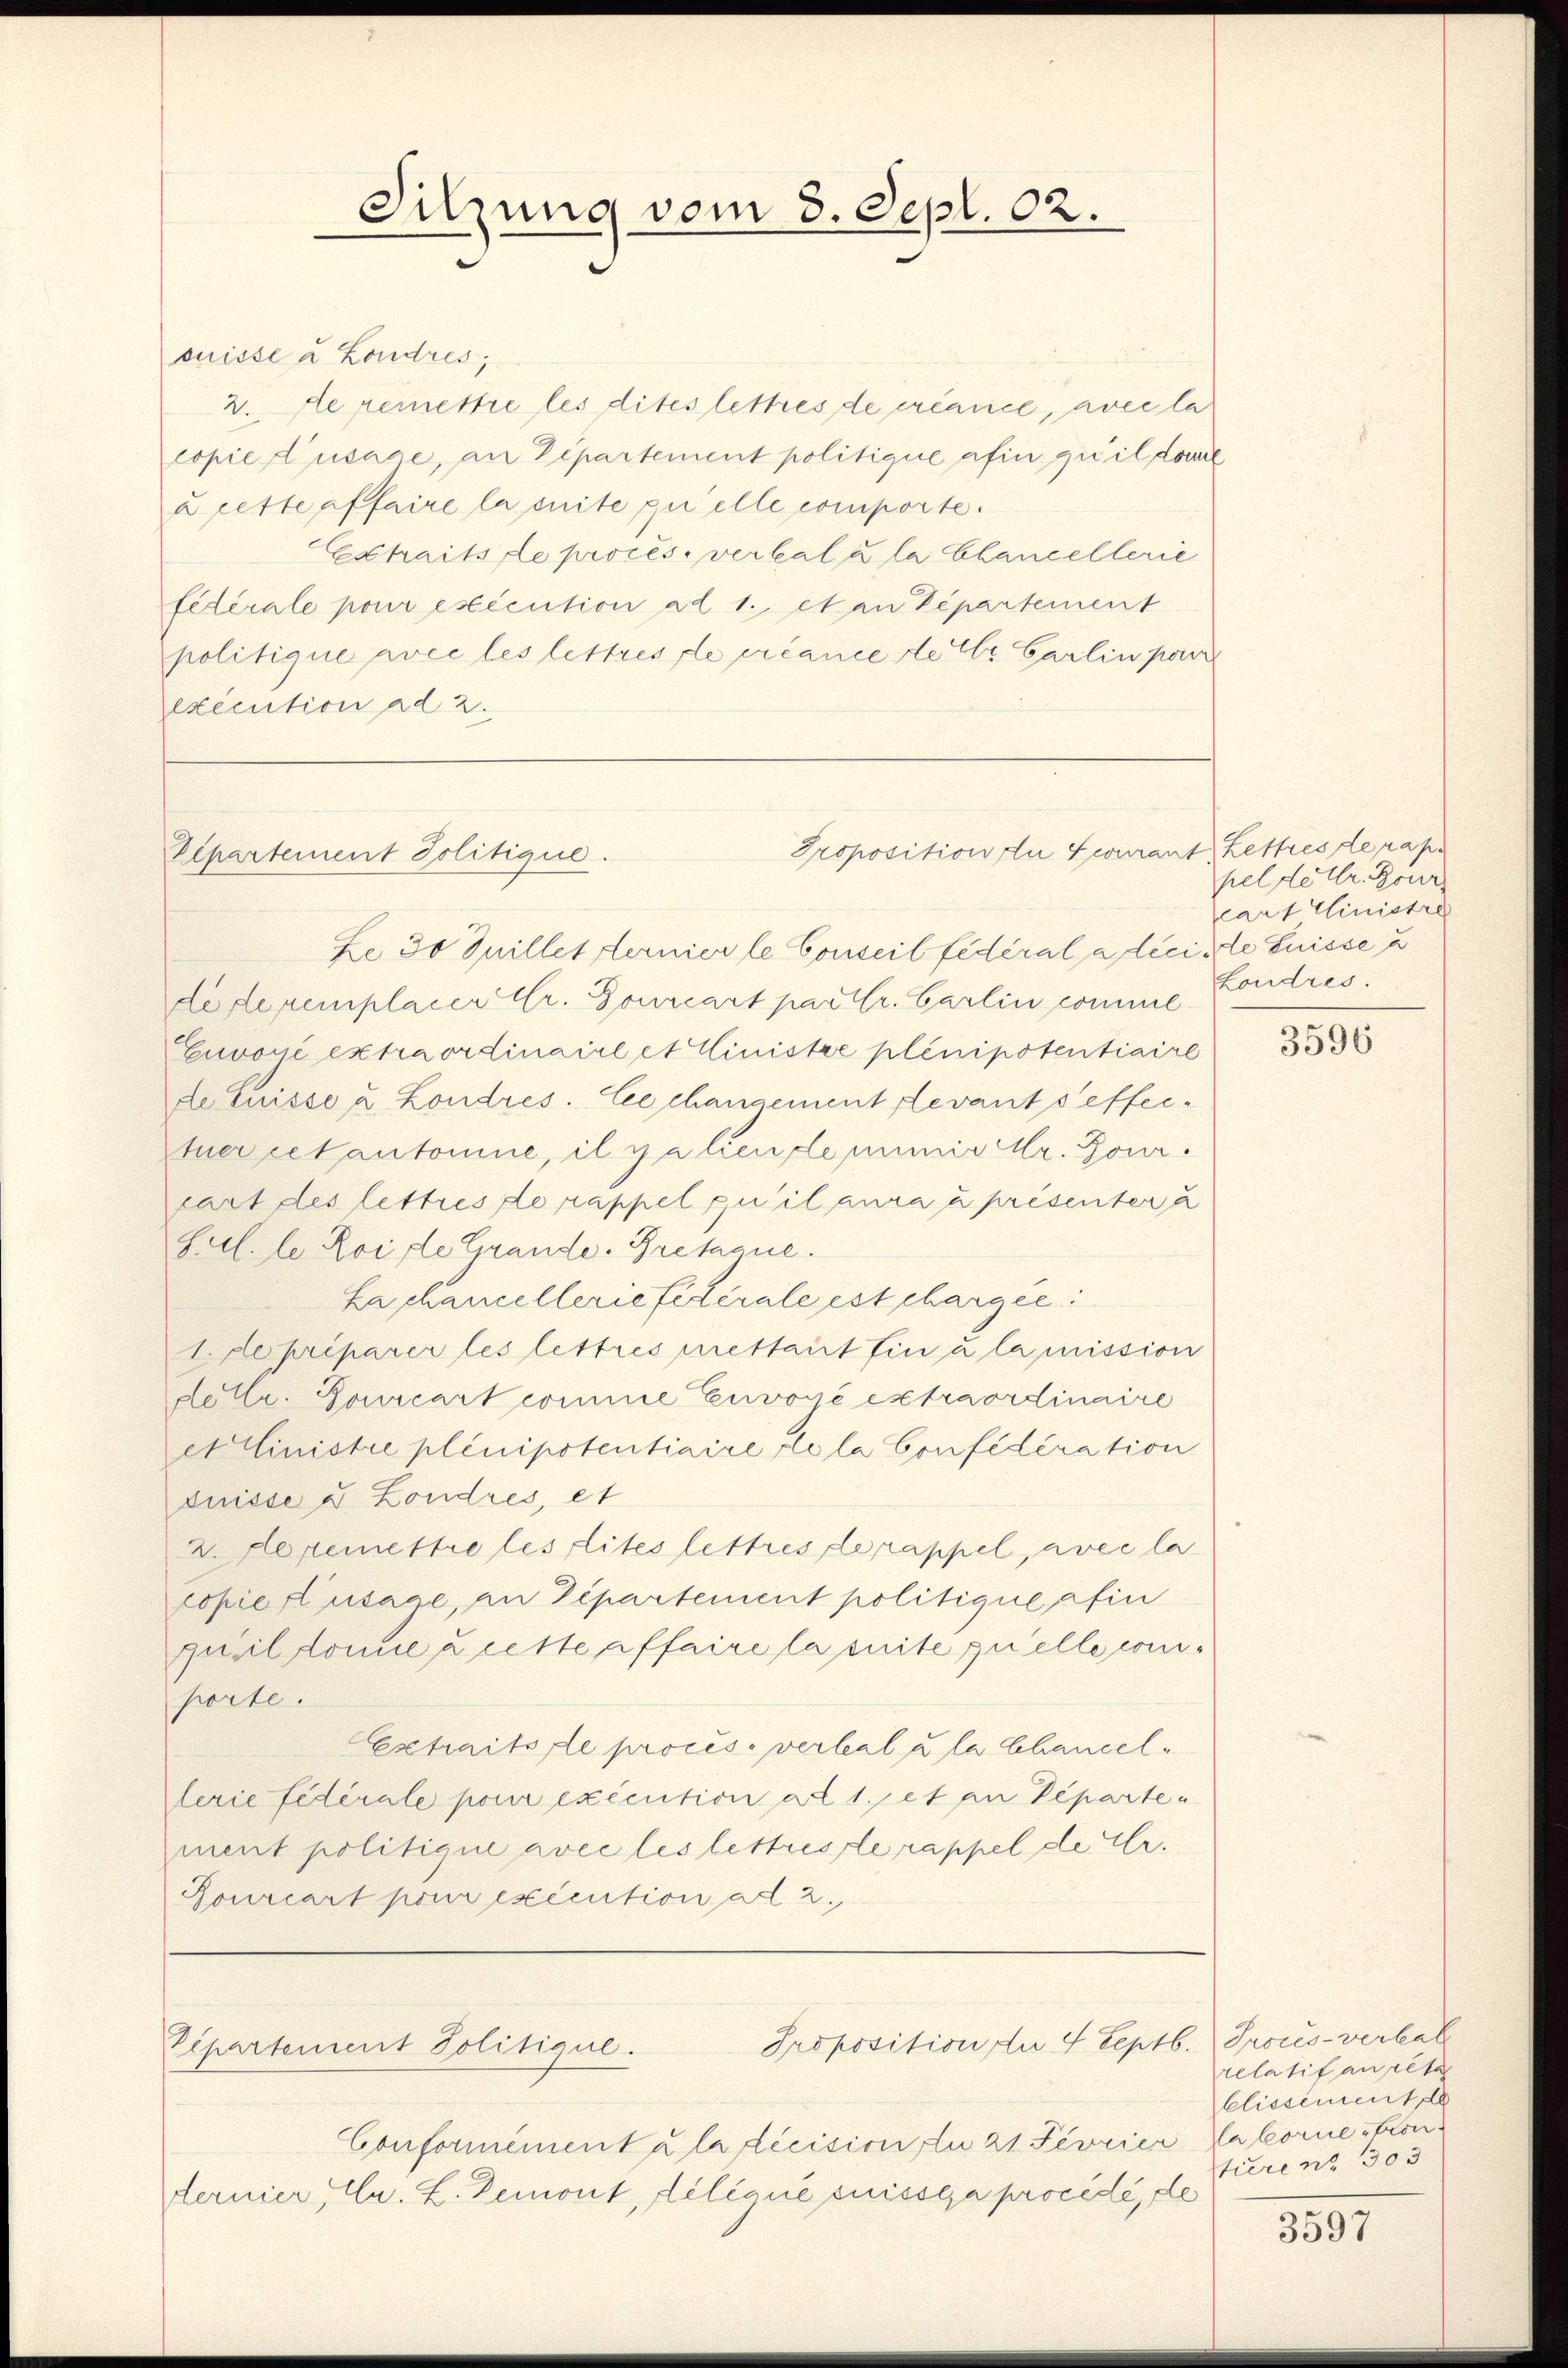
suisse u Londres;
2. Le remettre les dites lettres de créance, avec la
copie d’usage, an Departement politique afin qu’il dome
u cette pffaire la suite quelle comporte.
Echaits de procès-verbal à la Chancellerie
fédérale pour exécution ad 1., et an Departement
politique avec les lettres de créance der Carlin par
exécution ad 2.

Departement Politique.

Ze 30 Juillet fernier le Conseil fédéral a dicirte Suisse u
Leflexemplacer Gr. Bourcart par tr. Carlin comme
Guroni extraordinaire et Cinistre plenipotentiaire
de Luisse u. Londres. Ce changement Levant s’effertuer getantomie, il y a liende mir Mr. Bourcart des lettres de rappel qu’il aura u présenter a
Sul. le Koifle Grande. Brethane.
Lachancelleriefelérale est chargel
1. de préparer les lettres mettant fin u la mission
dolle. Sourcart comme Envoyé extraordinaire
et Ministre plenipotentiaire de la Confédération
duisse u Londres, et
Aeremettre les lites lettres derappel, avec la
copie usage, an Departement politique afin
quiildonne à cette affaire la mite quelle comporte.
Extraitere proces. verbal u la Chancelferie fédérale pour exécution ad 1. et pu Departe u
ment politique avec les lettreste rappel de Er.
Gourcart pour exécution ad 2.

Sitzung vom 8. Sept. 02.

Proposition du courant Lettres de rapo

Proposition der 4 Septb. Procès-verlab
Vepartement Politique.

pel de ltr. Bour
cart Ministre
Londres.

Conformément à la récision, du 21 Fevrier Kaloretion.
Fernier, Chr. L. Demont, déliane puissera procédé, de

3596

relatif an pete
blissement de
turenz 303

3597